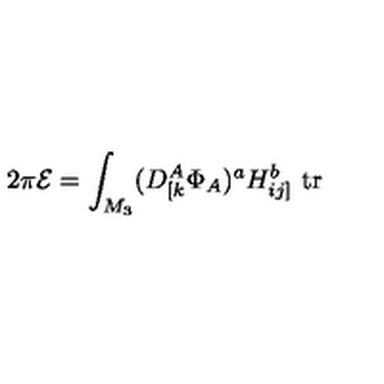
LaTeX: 2 \pi { \cal E } = \int _ { M _ { 3 } } ( D _ { [ k } ^ { A } \Phi _ { A } ) ^ { a } H _ { i j ] } ^ { b } \ \mathrm { t r }